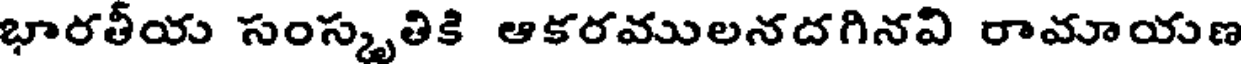
భారతీయ సంస్కృతికి ఆకరములనదగినవి రామాయణ